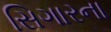
સિગારના